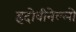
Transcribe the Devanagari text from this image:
इंदोवीनेल्लो